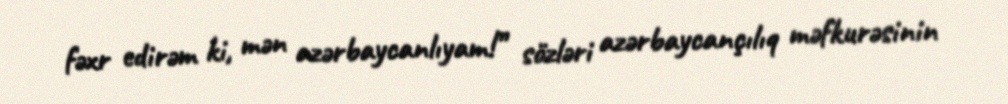
fəxr edirəm ki, mən azərbaycanlıyam!” sözləri azərbaycançılıq məfkurəsinin